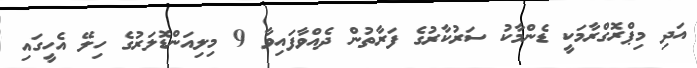
އަދި މިޕްރޮގްރާމަކީ ޑެންމާކު ސަރުކާރުގެ ފަރާތުން ދެއްވާފައިވާ 9 މިލިއަންޑޮލަރުގެ ހިލޭ އެހީގައި